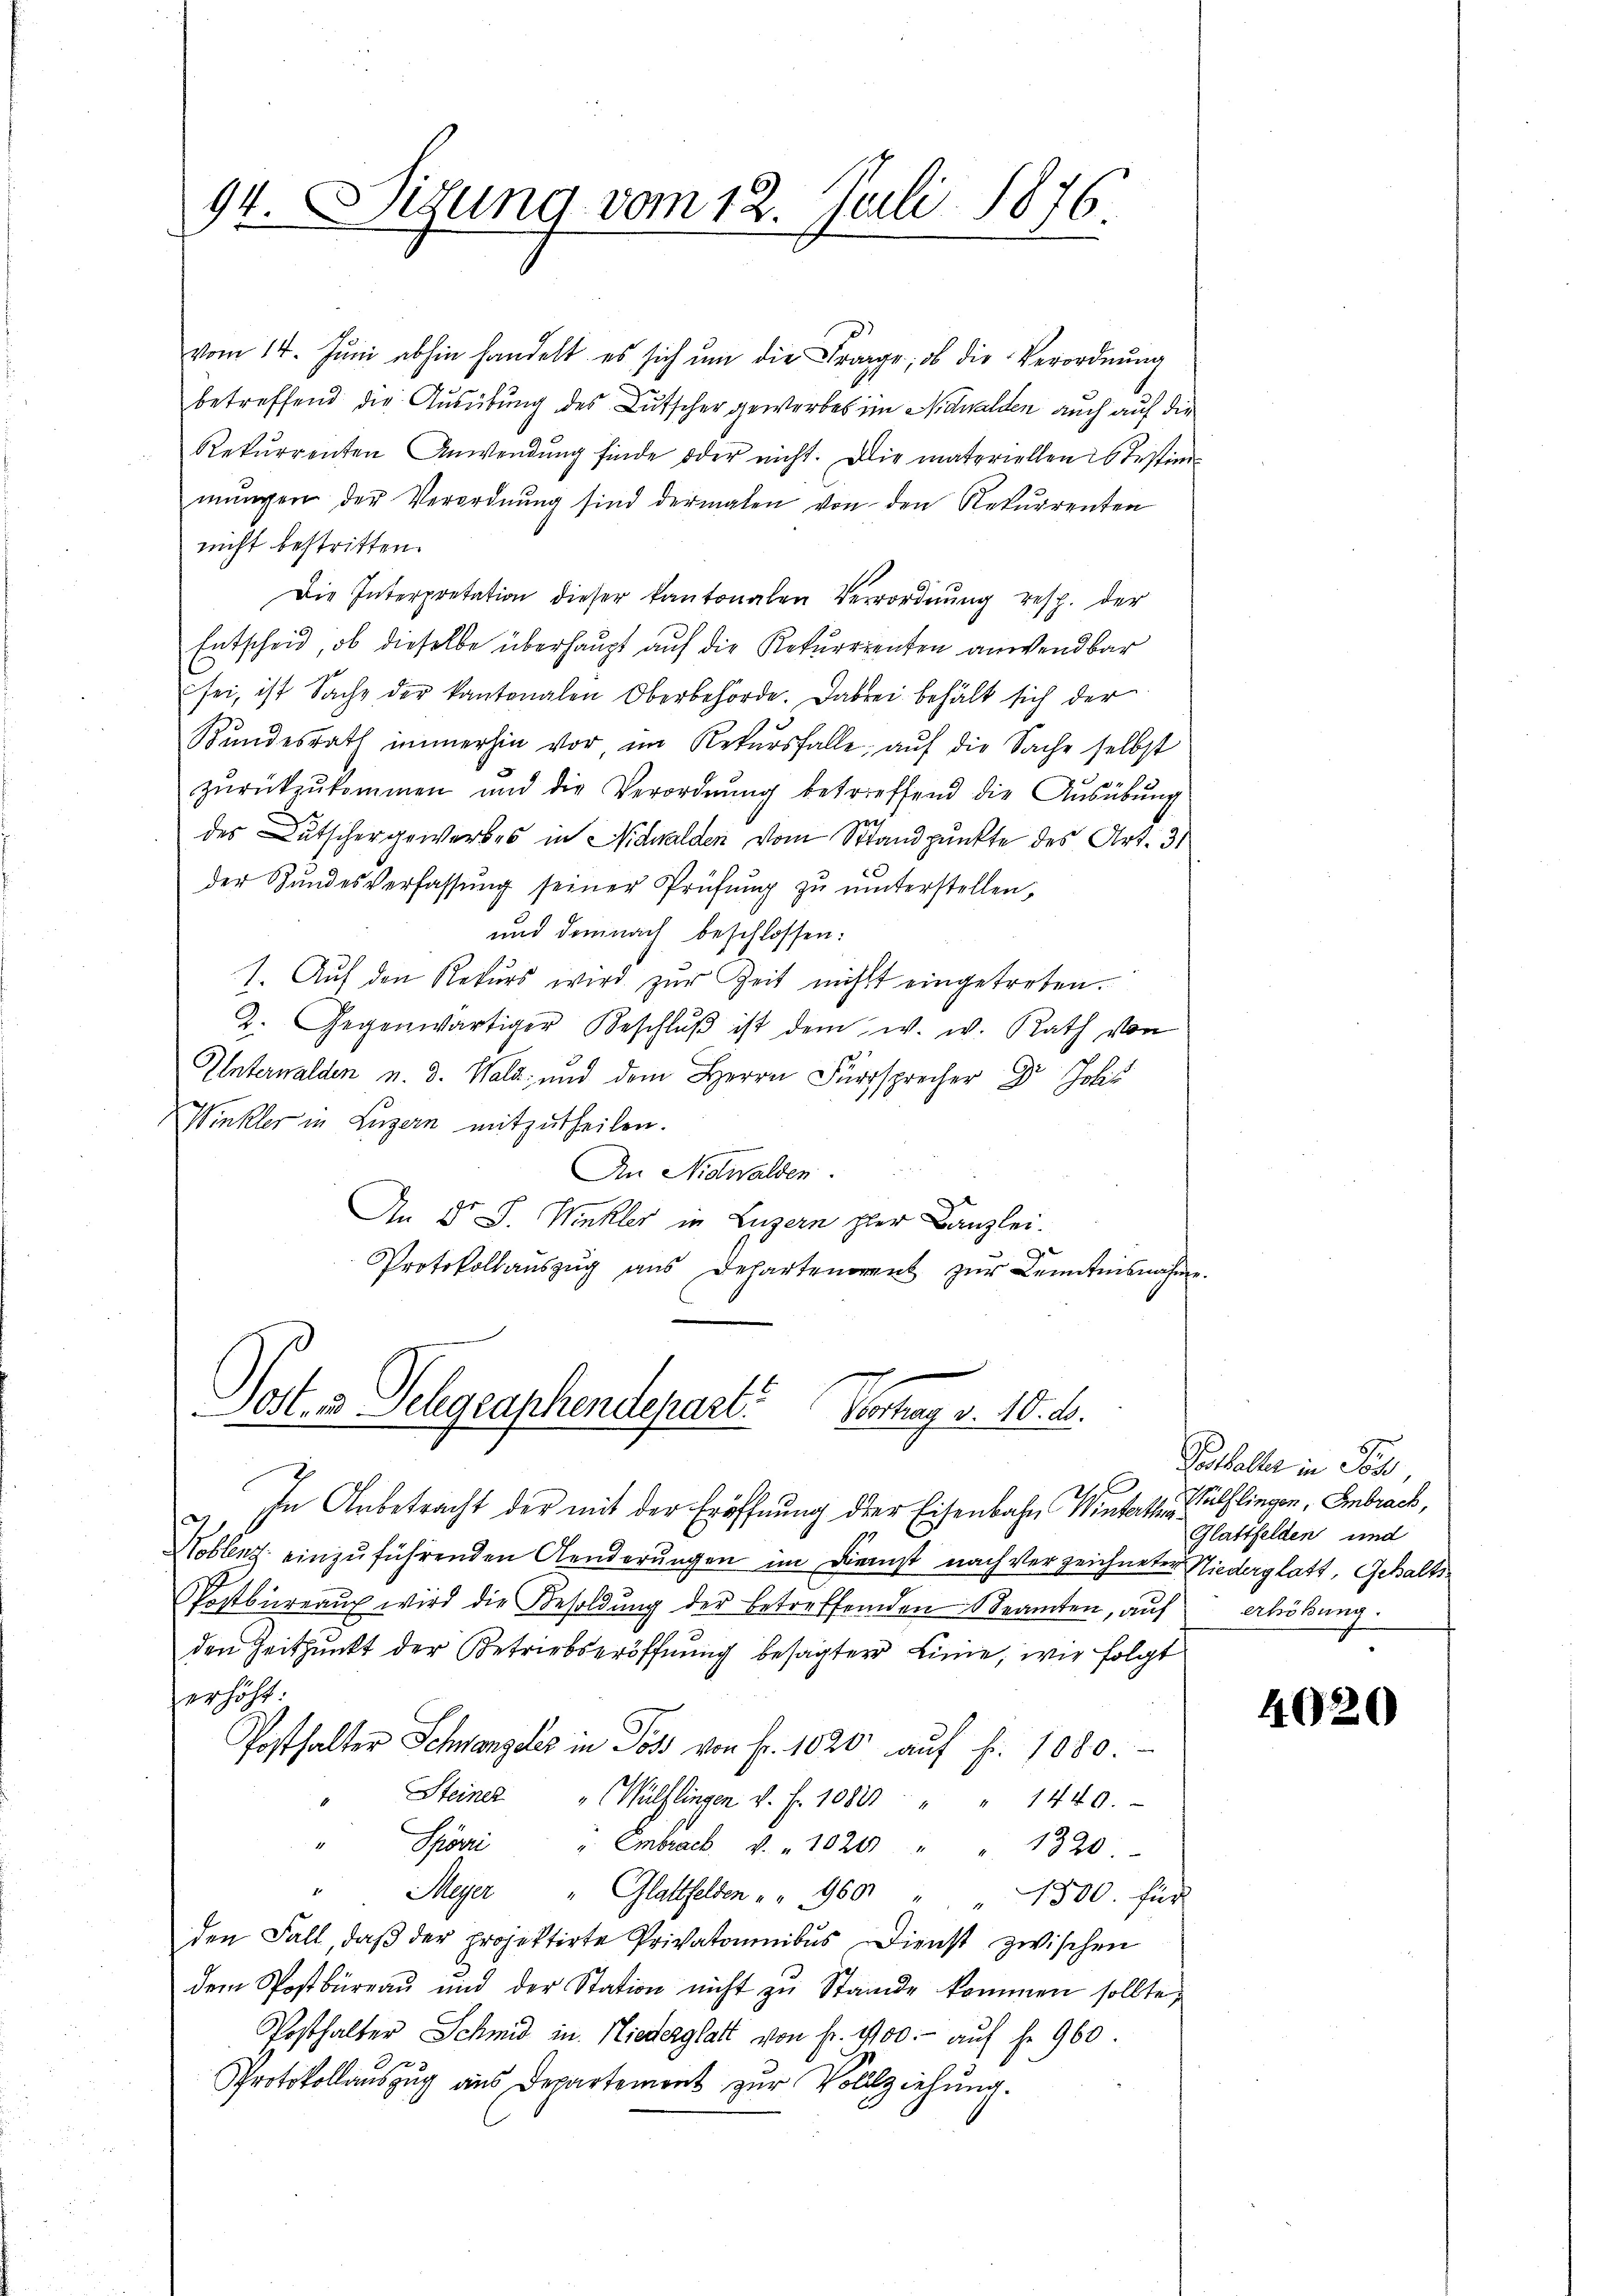
94. Sitzung vom 12. Juli 1876.

vom 14. Jŭni abhin handelt es sich ŭm die Frage, ob die Verordnŭng
betreffend die Ausübung des Lutscher gewerbes im Nidwalden auch auf die
Rekurrenten Anwendŭng finde oder nicht. Die materiellen 26 Testimmŭngen der Verordnŭng sind dermalen von den Rekurrenten
nicht bestritten.
Die Interpretation dieser kantonalen Verrordnŭng resp. der
Entscheid, ob dieselbe überhaupt auf die Rekurrienten anwendbar
sei, ist Sache der kantonalen Oberbehörde. Dabei behält sich der
Rŭndesrath immerhin vor im Rekursfalle, auf die Sache selbst
zŭrückzŭkommen und die Verordnŭng betreffend die Aŭsübŭng
8
des Dutschergewerbes in Nidwalden vom Standpunkte des Art. 31
der Bŭndesverfassŭng seiner Prüfŭng zŭ ŭnterstellen,
und demnach beschlossen:
1. Aŭf den Rekurs wird zŭr Zeit nicht eingetreten.
2. Gegenwärtiger Beschlŭβ ist dem w. w. Rath von
Unterwalden u. 3. Wald; und dem Herrn Fürsprecher Dr. Johs
Winkler in Luzern mitzutheilen.
An Nidwalden.
An Dr J. Winkler in Luzern per Canzlei.
Protokollaŭszŭg aŭs gehartenorent zŭr Kenntnisnahme

Post 3 Telegraphendepart. Vortrag v. 10. d.

In Anbetracht der mit der Eröffnung der Eisenbahn Winterthin
Hoblenz einzuführenden Aenderungen im Dienst nach Verzeichneter Niederglatt, Gehalts¬
Postbüreaŭ wird die Besoldŭng der betreffenden Beamten, aŭf Ahöbŭng.
den Zeitpunkt der Betriebseröffnung besagter Linie, wie folgt
erhöht:
Posthalter Schwangeler in Poss von Fr. 1020 aŭf fr. 1080.
Steiner " Wülflingen v. fr. 1088 " " 1440.
Spörri " Embrack v. 1020 " " 1320.
Meyer " Glattfelden " " 960 " " 1500. für
den Fall, daß der projektirte Privatanibus Dienst zwischen
dem Postbüreaŭ ŭnd der Station nicht zŭ Stande kommen sollte,
Posthalter Schmid in Niederglatt von fr. 1100.- auf fr. 960.
Protokollauszug aus Departement zur Vollziehung.

Posthalter in Ton,
Wülflingen, Embrach,
Glattfelden und

4020